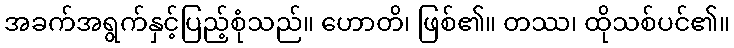
အခက်အရွက်နှင့်ပြည့်စုံသည်။ ဟောတိ၊ ဖြစ်၏။ တဿ၊ ထိုသစ်ပင်၏။